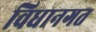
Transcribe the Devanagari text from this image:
विधानगत